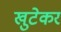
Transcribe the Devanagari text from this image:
खुटेकर